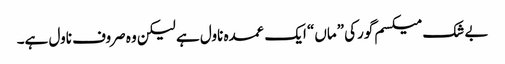
بے شک میکسم گورکی ”ماں“ ایک عمدہ ناول ہے لیکن وہ صروف ناول ہے۔